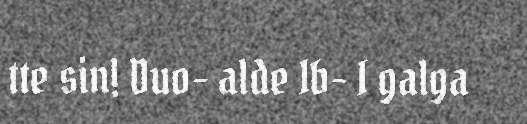
tte sin! Duo- alde Ib- I galga